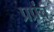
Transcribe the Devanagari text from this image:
प्रप्रंच